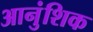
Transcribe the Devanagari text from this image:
आनुंशिक